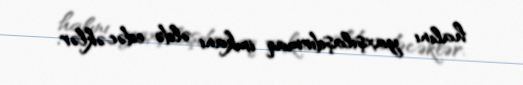
halını yaxşılaşdırmaq imkanı əldə edəcəklər.